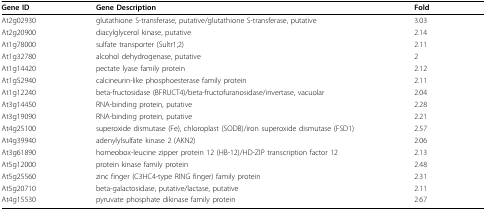
<table><thead><tr><td><b>Gene ID</b></td><td><b>Gene Description</b></td><td><b>Fold</b></td></tr></thead><tbody><tr><td>At2g02930</td><td>glutathione S-transferase, putative/glutathione S-transferase, putative</td><td>3.03</td></tr><tr><td>At2g20900</td><td>diacylglycerol kinase, putative</td><td>2.14</td></tr><tr><td>At1g78000</td><td>sulfate transporter (Sultr1;2)</td><td>2.11</td></tr><tr><td>At1g32780</td><td>alcohol dehydrogenase, putative</td><td>2</td></tr><tr><td>At1g14420</td><td>pectate lyase family protein</td><td>2.12</td></tr><tr><td>At1g52940</td><td>calcineurin-like phosphoesterase family protein</td><td>2.11</td></tr><tr><td>At1g12240</td><td>beta-fructosidase (BFRUCT4)/beta-fructofuranosidase/invertase, vacuolar</td><td>2.04</td></tr><tr><td>At3g14450</td><td>RNA-binding protein, putative</td><td>2.28</td></tr><tr><td>At3g19090</td><td>RNA-binding protein, putative</td><td>2.21</td></tr><tr><td>At4g25100</td><td>superoxide dismutase (Fe), chloroplast (SODB)/iron superoxide dismutase (FSD1)</td><td>2.57</td></tr><tr><td>At4g39940</td><td>adenylylsulfate kinase 2 (AKN2)</td><td>2.06</td></tr><tr><td>At3g61890</td><td>homeobox-leucine zipper protein 12 (HB-12)/HD-ZIP transcription factor 12</td><td>2.13</td></tr><tr><td>At5g12000</td><td>protein kinase family protein</td><td>2.48</td></tr><tr><td>At5g25560</td><td>zinc finger (C3HC4-type RING finger) family protein</td><td>2.31</td></tr><tr><td>At5g20710</td><td>beta-galactosidase, putative/lactase, putative</td><td>2.11</td></tr><tr><td>At4g15530</td><td>pyruvate phosphate dikinase family protein</td><td>2.67</td></tr></tbody></table>